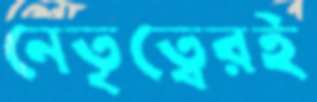
নেতৃত্বেরই